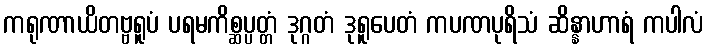
ကရုဏာယိတဗ္ဗရူပံ ပရမကိစ္ဆပ္ပတ္တံ ဒုဂ္ဂတံ ဒုရူပေတံ ကပဏပုရိသံ ဆိန္နာဟာရံ ကပါလံ